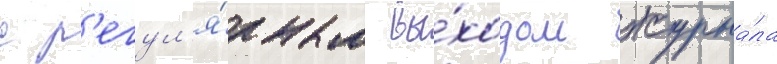
с р'егул'я́рным вы́ходом журна́ла